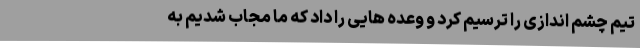
تیم چشم اندازی را ترسیم کرد و وعده هایی را داد که ما مجاب شدیم به